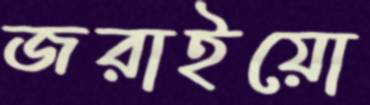
জরাইয়ো